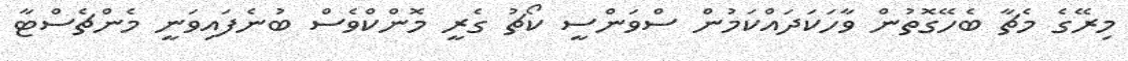
މިރޭގެ މެޗާ ބެހޭގޮތުން ވާހަކަދައްކަމުން ސްވަންސީ ކޯޗު ގެރީ މޮންކްވެސް ބުނެފައިވަނީ މެންޗެސްޓާ